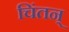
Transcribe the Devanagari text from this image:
चिंतन्